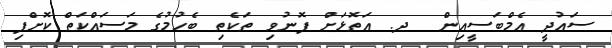
ސައުދީ އެމްބަސީއިން  ދ. އަތޮޅަށް ފޮނުވި ތަކެތި ބެހުމުގެ މަސައްކަތް ކޮށްފި